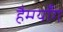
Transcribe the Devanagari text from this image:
हैम्ग्यॉंग